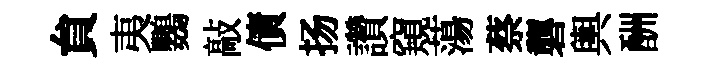
貟夷鸚敲債扬讚窺蕩蔡礱輿酬